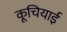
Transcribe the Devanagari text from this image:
कूचियाई